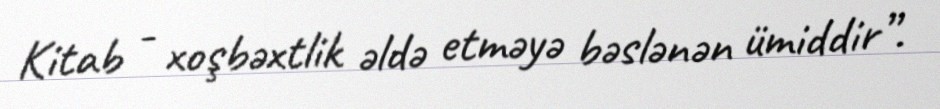
Kitab - xoşbəxtlik əldə etməyə bəslənən ümiddir”.